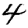
Digit: 4